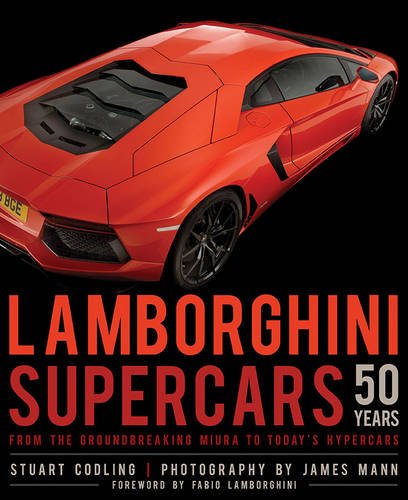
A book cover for Lamborghini Supercars 50 Years: From the Groundbreaking Miura to Today's Hypercars - Foreword by Fabio Lamborghini; Stuart Codling; Engineering & Transportation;